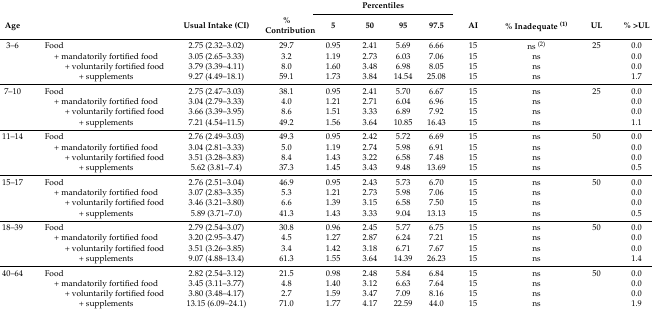
<table><thead><tr><td></td><td></td><td></td><td></td><td colspan="4"><b>Percentiles</b></td><td></td><td colspan="3"></td></tr><tr><td><b>Age</b></td><td></td><td><b>Usual Intake (CI)</b></td><td><b>% Contribution</b></td><td><b>5</b></td><td><b>50</b></td><td><b>95</b></td><td><b>97.5</b></td><td><b>AI</b></td><td><b>% Inadequate <sup>(1)</sup></b></td><td><b>UL</b></td><td><b>% &gt;UL</b></td></tr></thead><tbody><tr><td>3–6</td><td>Food</td><td>2.75 (2.32–3.02)</td><td>29.7</td><td>0.95</td><td>2.41</td><td>5.69</td><td>6.66</td><td>15</td><td>ns <sup>(2)</sup></td><td>25</td><td>0.0</td></tr><tr><td></td><td>+ mandatorily fortified food</td><td>3.05 (2.65–3.33)</td><td>3.2</td><td>1.19</td><td>2.73</td><td>6.03</td><td>7.06</td><td>15</td><td>ns</td><td></td><td>0.0</td></tr><tr><td></td><td>+ voluntarily fortified food</td><td>3.79 (3.39–4.11)</td><td>8.0</td><td>1.60</td><td>3.48</td><td>6.98</td><td>8.05</td><td>15</td><td>ns</td><td></td><td>0.0</td></tr><tr><td></td><td>+ supplements</td><td>9.27 (4.49–18.1)</td><td>59.1</td><td>1.73</td><td>3.84</td><td>14.54</td><td>25.08</td><td>15</td><td>ns</td><td></td><td>1.7</td></tr><tr><td>7–10</td><td>Food</td><td>2.75 (2.47–3.03)</td><td>38.1</td><td>0.95</td><td>2.41</td><td>5.70</td><td>6.67</td><td>15</td><td>ns</td><td>25</td><td>0.0</td></tr><tr><td></td><td>+ mandatorily fortified food</td><td>3.04 (2.79–3.33)</td><td>4.0</td><td>1.21</td><td>2.71</td><td>6.04</td><td>6.96</td><td>15</td><td>ns</td><td></td><td>0.0</td></tr><tr><td></td><td>+ voluntarily fortified food</td><td>3.66 (3.39–3.95)</td><td>8.6</td><td>1.51</td><td>3.33</td><td>6.89</td><td>7.92</td><td>15</td><td>ns</td><td></td><td>0.0</td></tr><tr><td></td><td>+ supplements</td><td>7.21 (4.54–11.5)</td><td>49.2</td><td>1.56</td><td>3.64</td><td>10.85</td><td>16.43</td><td>15</td><td>ns</td><td></td><td>1.1</td></tr><tr><td>11–14</td><td>Food</td><td>2.76 (2.49–3.03)</td><td>49.3</td><td>0.95</td><td>2.42</td><td>5.72</td><td>6.69</td><td>15</td><td>ns</td><td>50</td><td>0.0</td></tr><tr><td></td><td>+ mandatorily fortified food</td><td>3.04 (2.81–3.33)</td><td>5.0</td><td>1.19</td><td>2.74</td><td>5.98</td><td>6.91</td><td>15</td><td>ns</td><td></td><td>0.0</td></tr><tr><td></td><td>+ voluntarily fortified food</td><td>3.51 (3.28–3.83)</td><td>8.4</td><td>1.43</td><td>3.22</td><td>6.58</td><td>7.48</td><td>15</td><td>ns</td><td></td><td>0.0</td></tr><tr><td></td><td>+ supplements</td><td>5.62 (3.81–7.4)</td><td>37.3</td><td>1.45</td><td>3.43</td><td>9.48</td><td>13.69</td><td>15</td><td>ns</td><td></td><td>0.5</td></tr><tr><td>15–17</td><td>Food</td><td>2.76 (2.51–3.04)</td><td>46.9</td><td>0.95</td><td>2.43</td><td>5.73</td><td>6.70</td><td>15</td><td>ns</td><td>50</td><td>0.0</td></tr><tr><td></td><td>+ mandatorily fortified food</td><td>3.07 (2.83–3.35)</td><td>5.3</td><td>1.21</td><td>2.73</td><td>5.98</td><td>7.06</td><td>15</td><td>ns</td><td></td><td>0.0</td></tr><tr><td></td><td>+ voluntarily fortified food</td><td>3.46 (3.21–3.80)</td><td>6.6</td><td>1.39</td><td>3.15</td><td>6.58</td><td>7.50</td><td>15</td><td>ns</td><td></td><td>0.0</td></tr><tr><td></td><td>+ supplements</td><td>5.89 (3.71–7.0)</td><td>41.3</td><td>1.43</td><td>3.33</td><td>9.04</td><td>13.13</td><td>15</td><td>ns</td><td></td><td>0.5</td></tr><tr><td>18–39</td><td>Food</td><td>2.79 (2.54–3.07)</td><td>30.8</td><td>0.96</td><td>2.45</td><td>5.77</td><td>6.75</td><td>15</td><td>ns</td><td>50</td><td>0.0</td></tr><tr><td></td><td>+ mandatorily fortified food</td><td>3.20 (2.95–3.47)</td><td>4.5</td><td>1.27</td><td>2.87</td><td>6.24</td><td>7.21</td><td>15</td><td>ns</td><td></td><td>0.0</td></tr><tr><td></td><td>+ voluntarily fortified food</td><td>3.51 (3.26–3.85)</td><td>3.4</td><td>1.42</td><td>3.18</td><td>6.71</td><td>7.67</td><td>15</td><td>ns</td><td></td><td>0.0</td></tr><tr><td></td><td>+ supplements</td><td>9.07 (4.88–13.4)</td><td>61.3</td><td>1.55</td><td>3.64</td><td>14.39</td><td>26.23</td><td>15</td><td>ns</td><td></td><td>1.4</td></tr><tr><td>40–64</td><td>Food</td><td>2.82 (2.54–3.12)</td><td>21.5</td><td>0.98</td><td>2.48</td><td>5.84</td><td>6.84</td><td>15</td><td>ns</td><td>50</td><td>0.0</td></tr><tr><td></td><td>+ mandatorily fortified food</td><td>3.45 (3.11–3.77)</td><td>4.8</td><td>1.40</td><td>3.12</td><td>6.63</td><td>7.64</td><td>15</td><td>ns</td><td></td><td>0.0</td></tr><tr><td></td><td>+ voluntarily fortified food</td><td>3.80 (3.48–4.17)</td><td>2.7</td><td>1.59</td><td>3.47</td><td>7.09</td><td>8.16</td><td>15</td><td>ns</td><td></td><td>0.0</td></tr><tr><td></td><td>+ supplements</td><td>13.15 (6.09–24.1)</td><td>71.0</td><td>1.77</td><td>4.17</td><td>22.59</td><td>44.0</td><td>15</td><td>ns</td><td></td><td>1.9</td></tr></tbody></table>